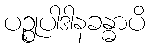
ပဉ္စုပါဒါနခန္ဓာပိ